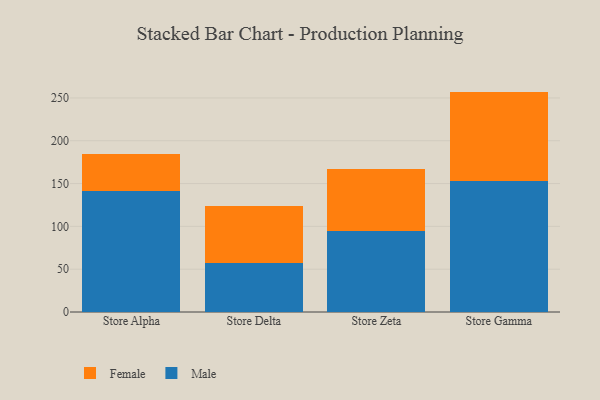
{"axis": {"x": "Store", "y": "Waste Production (Tons)"}, "legend": ["Female", "Male"], "data": [{"x": "Store Alpha", "y": 141.7, "type": "Male"}, {"x": "Store Alpha", "y": 42.8, "type": "Female"}, {"x": "Store Delta", "y": 56.7, "type": "Male"}, {"x": "Store Delta", "y": 67.2, "type": "Female"}, {"x": "Store Zeta", "y": 94.6, "type": "Male"}, {"x": "Store Zeta", "y": 72.4, "type": "Female"}, {"x": "Store Gamma", "y": 152.9, "type": "Male"}, {"x": "Store Gamma", "y": 104.5, "type": "Female"}]}